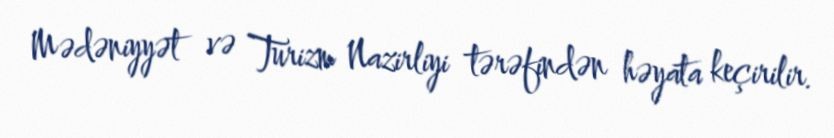
Mədəniyyət və Turizm Nazirliyi tərəfindən həyata keçirilir.